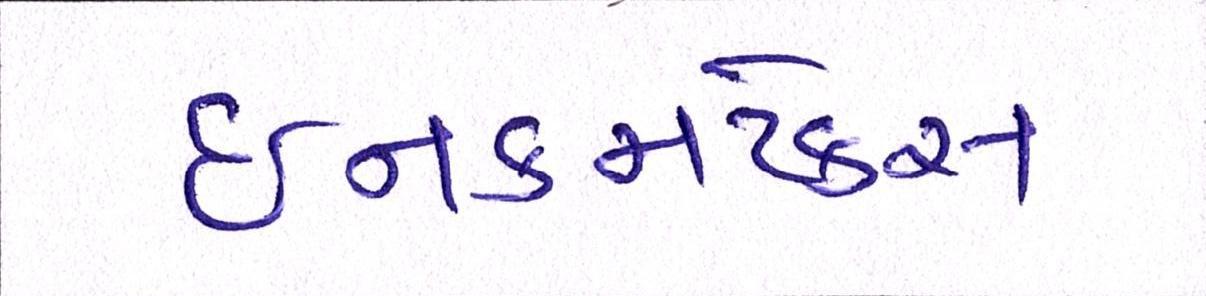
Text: ઈનકમટેક્સ